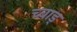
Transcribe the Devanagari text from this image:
च्वाड्